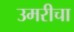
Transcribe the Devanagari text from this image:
उमरीचा